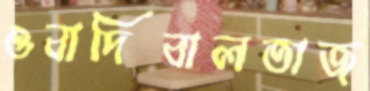
ওবাদিবালতাজ